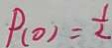
P _ { ( 0 ) } = \frac { 1 } { 2 }